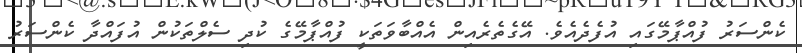
ކެންސަރު ފުއްޕާމޭގައި އުފެދެއެވެ. އޭގެތެރެއިން އެއްބާވަތަކީ ފުއްޕާމޭގެ ކުދި ސެލްތަކުން އުފައްދާ ކެންސަރު